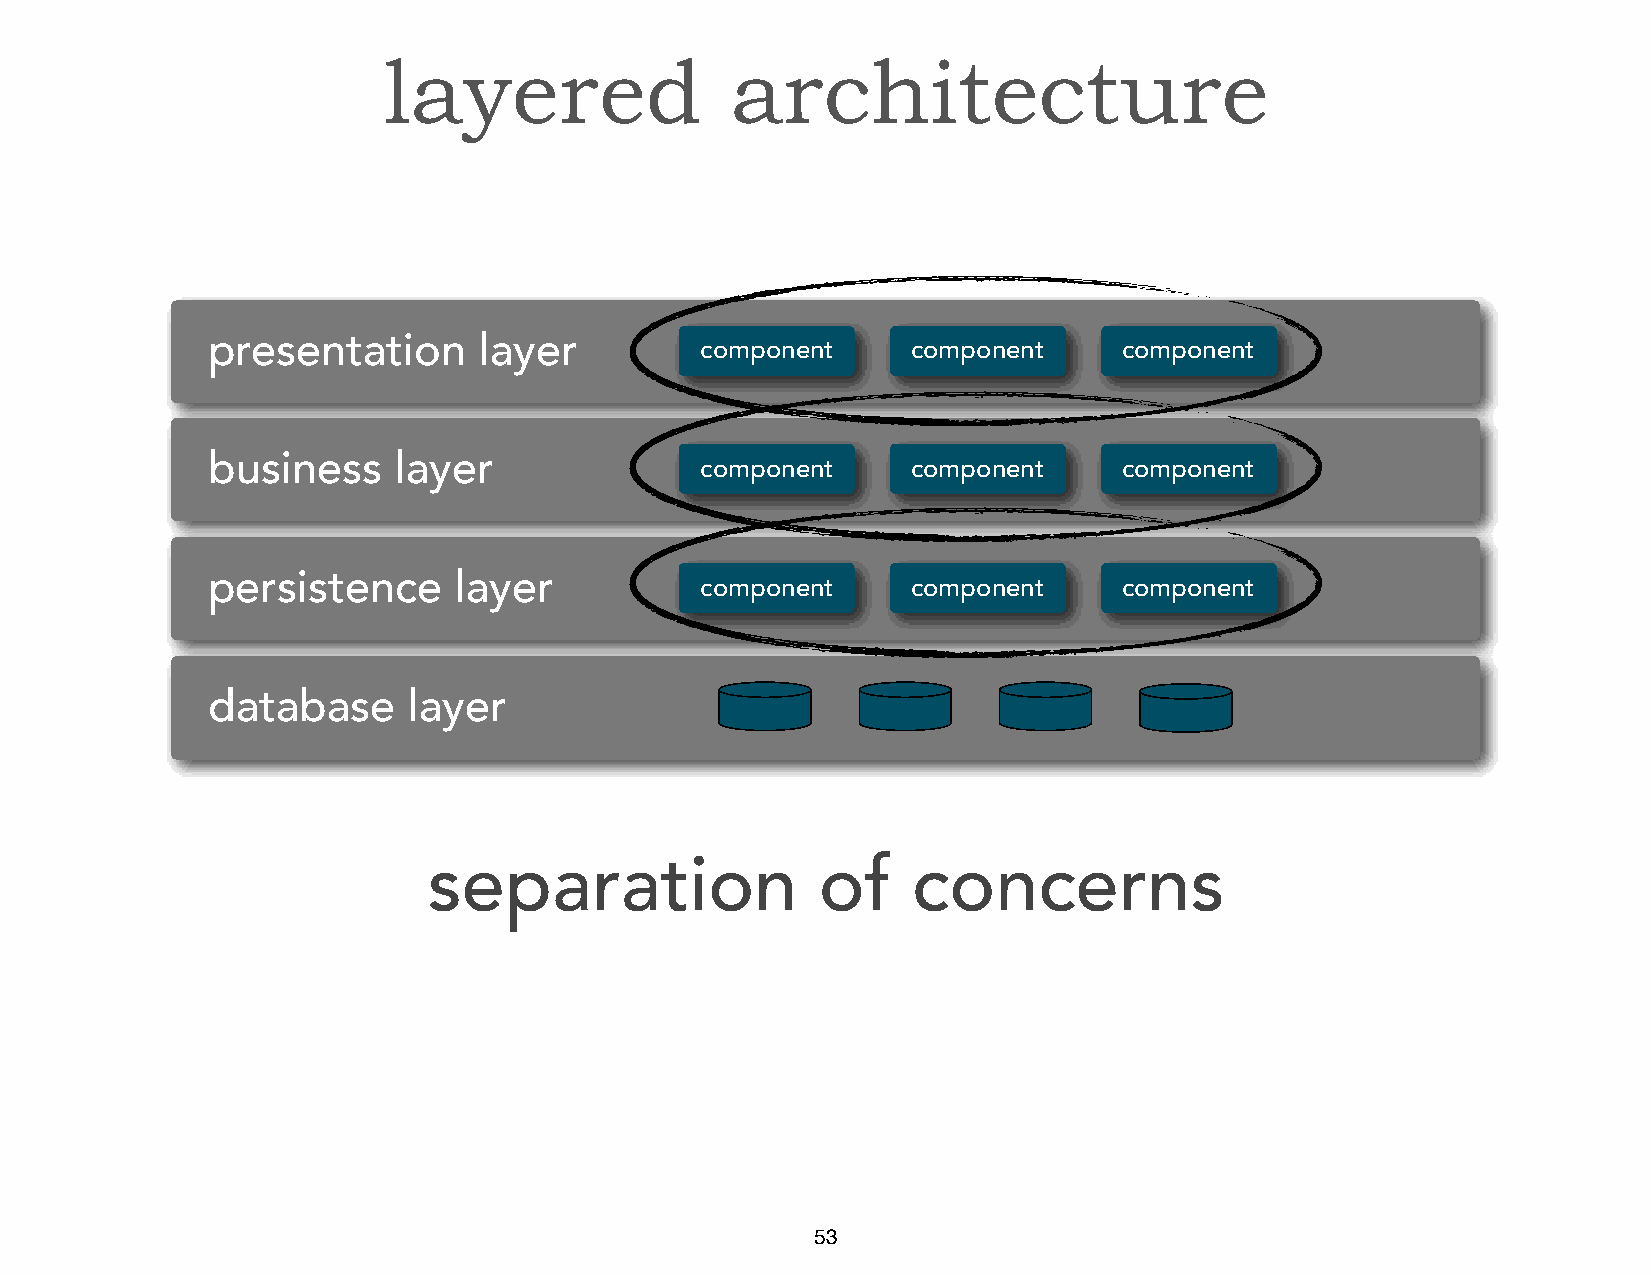
layered                architecture
 presentation      layer
 component     component     component
 business    layer
 component     component     component
 persistence     layer
 component     component     component
 database     layer
 separation                of    concerns
 53